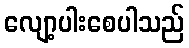
လျော့ပါးစေပါသည်